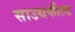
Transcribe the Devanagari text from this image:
साउथफील्ड